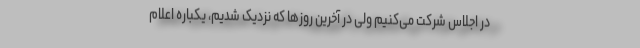
در اجلاس شرکت می‌کنیم ولی در آخرین روزها که نزدیک شدیم، یکباره اعلام